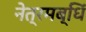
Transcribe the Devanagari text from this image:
नेत्रमब्धिं